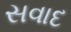
સવાદ